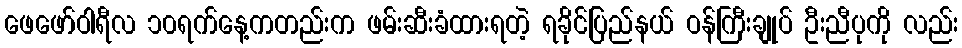
ဖေဖော်ဝါရီလ ၁၀ရက်နေ့ကတည်းက ဖမ်းဆီးခံထားရတဲ့ ရခိုင်ပြည်နယ် ဝန်ကြီးချုပ် ဦးညီပုကို လည်း